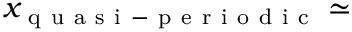
x _ { \mathrm { ~ q ~ u ~ a ~ s ~ i ~ - ~ p ~ e ~ r ~ i ~ o ~ d ~ i ~ c ~ } } \simeq